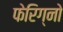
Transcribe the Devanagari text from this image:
फेरिग्नो